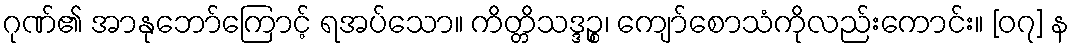
ဂုဏ်၏ အာနုဘော်ကြောင့် ရအပ်သော။ ကိတ္တိသဒ္ဒဉ္စ၊ ကျော်စောသံကိုလည်းကောင်း။ [၀၇] န